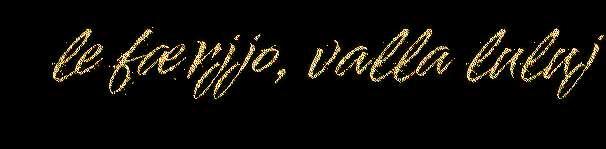
le færjjo, valla luluj